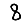
Digit: 8